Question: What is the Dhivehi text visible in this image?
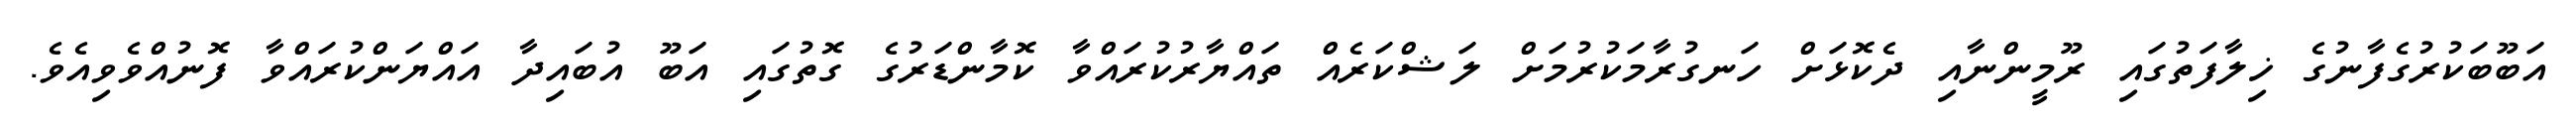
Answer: އަބޫބަކުރުގެފާނުގެ ޚިލާފަތުގައި ރޫމީންނާއި ދެކޮޅަށް ހަނގުރާމަކުރުމަށް ލަޝްކަރެއް ތައްޔާރުކުރައްވާ ކޮމާންޑަރުގެ ގޮތުގައި އަބޫ އުބައިދާ އައްޔަންކުރައްވާ ފޮނުއްވެވިއެވެ.